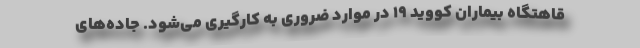
قاهتگاه بیماران کووید ۱۹ در موارد ضروری به کارگیری می‌شود. جاده‌های